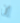
إن